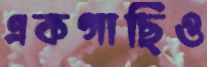
একগাছিও